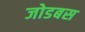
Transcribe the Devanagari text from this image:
जोडबस